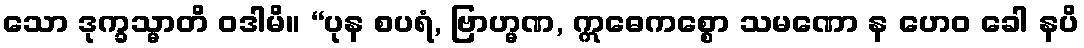
သော ဒုက္ခသ္မာတိ ဝဒါမိ။ “ပုန စပရံ, ဗြာဟ္မဏ, ဣဓေကစ္စော သမဏော န ဟေဝ ခေါ နပိ